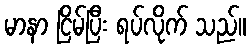
မာနာ ငြိမ်ပြီး ရပ်လိုက် သည်။